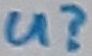
Text: u?